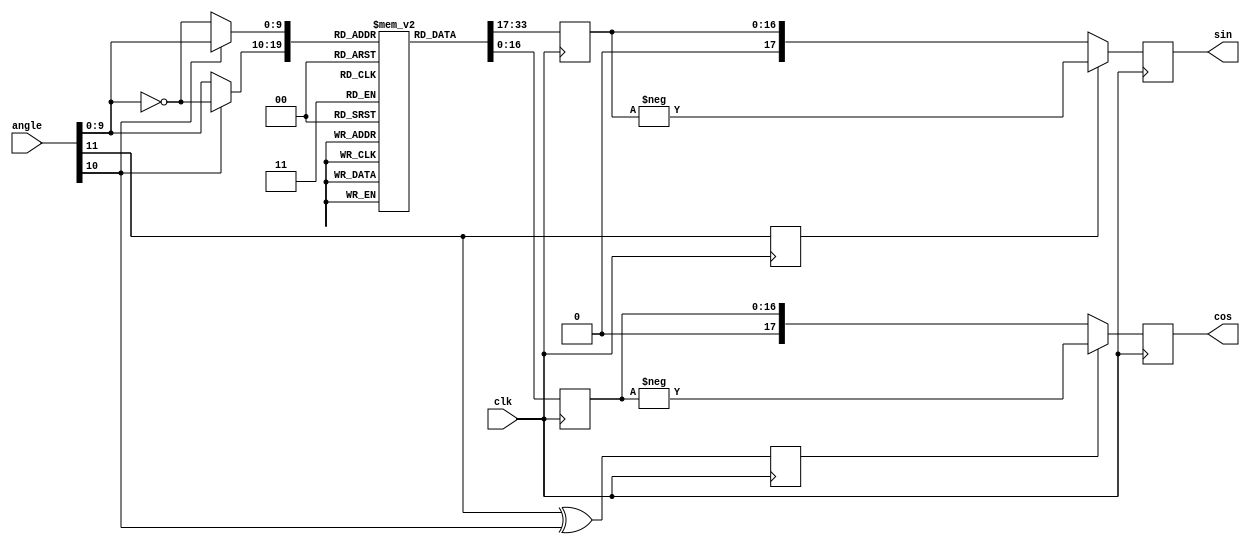
module trigTable #(
    parameter ANGLE_WIDTH = 12,
    parameter OUT_WIDTH   = 18
) (
    input  wire clk,                        ///< System Clock
    input  wire [ANGLE_WIDTH-1:0] angle,    ///< Angle to take sine of
    output reg signed [OUT_WIDTH-1:0] cos,  ///< Cosine of angle
    output reg signed [OUT_WIDTH-1:0] sin   ///< Sine of angle
);

///////////////////////////////////////////////////////////////////////////
// PARAMETER AND SIGNAL DECLARATIONS
///////////////////////////////////////////////////////////////////////////

localparam TABLE_LEN = 2**(ANGLE_WIDTH-2);

wire [ANGLE_WIDTH-3:0] sinQuarterAngle;
wire [ANGLE_WIDTH-3:0] cosQuarterAngle;

reg [OUT_WIDTH-2:0] sineTable [TABLE_LEN-1:0];
reg sinBit;
reg cosBit;
reg [OUT_WIDTH-2:0] halfSin;
reg [OUT_WIDTH-2:0] halfCos;

integer i;

///////////////////////////////////////////////////////////////////////////
// MAIN CODE
///////////////////////////////////////////////////////////////////////////

assign sinQuarterAngle =  (angle[ANGLE_WIDTH-2]) ? ~angle[ANGLE_WIDTH-3:0] : angle[ANGLE_WIDTH-3:0];
assign cosQuarterAngle = (~angle[ANGLE_WIDTH-2]) ? ~angle[ANGLE_WIDTH-3:0] : angle[ANGLE_WIDTH-3:0];

initial begin
    sinBit  = 1'b0;
    cosBit  = 1'b0;
    halfSin = 'd0;
    halfCos = 'd0;
    sin     = 'd0;
    cos     = 'd0;
    for(i=0; i<TABLE_LEN; i=i+1) begin
        sineTable[i] = $rtoi($floor($sin((i+0.5)*3.14159/(TABLE_LEN*2))*(2**(OUT_WIDTH-1)-1)+0.5));
    end
end

always @(posedge clk) begin
    sinBit   <= angle[ANGLE_WIDTH-1]; 
    cosBit   <= angle[ANGLE_WIDTH-1] ^ angle[ANGLE_WIDTH-2];
    halfSin  <= sineTable[sinQuarterAngle];
    halfCos  <= sineTable[cosQuarterAngle];
    sin      <= sinBit ? -$signed({1'b0,halfSin}) : $signed({1'b0, halfSin});
    cos      <= cosBit ? -$signed({1'b0,halfCos}) : $signed({1'b0, halfCos});
end

endmodule